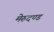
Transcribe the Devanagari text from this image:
मेरुदण्‍ड